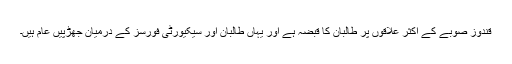
قندوز صوبے کے اکثر علاقوں پر طالبان کا قبضہ ہے اور یہاں طالبان اور سیکیورٹی فورسز کے درمیان جھڑپیں عام ہیں۔